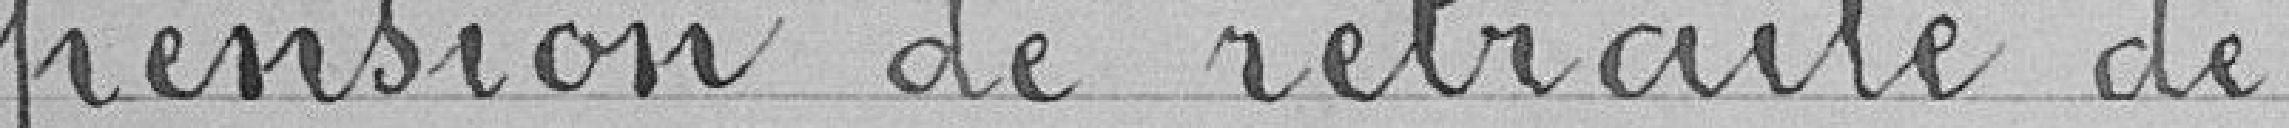
pension de retraite de